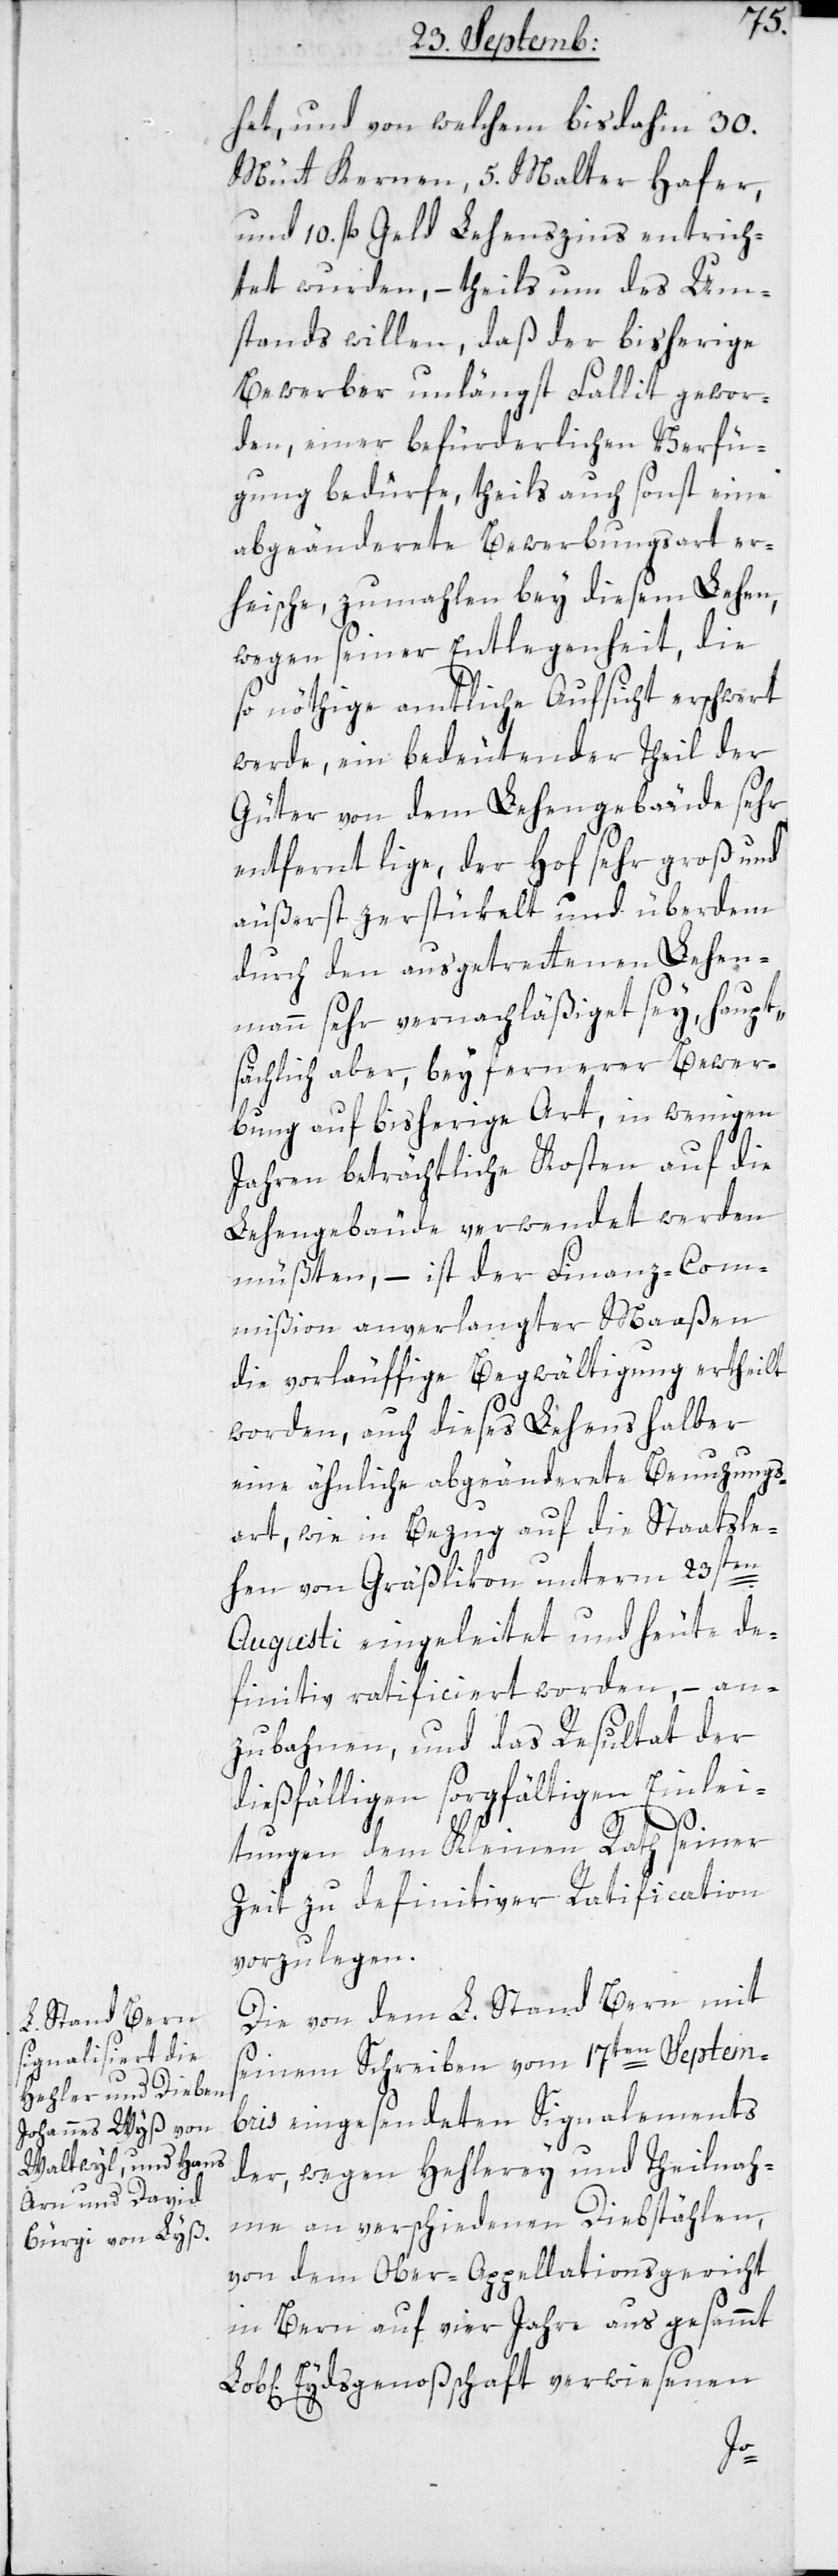
het, und von welchem bisdahin 30.
Mütt Kernen, 5. Malter Hafer
und 10. fl. Geld Lehenszins entrich¬
tet wurden, – theils um des Um¬
stands willen, daß der bisherige
Bewerber unlängst Fallit gewor¬
den, einer befürderlichen Verfü¬
gung bedürfe, theils auch sonst eine
abgeänderte Bewerbungsart er¬
heische, zumahlen bey diesem Lehen,
wegen seiner Entlegenheit, die
so nöthige amtliche Aufsicht erschwert
werde, ein bedeutender Teil der
Güter von dem Lehengebäude sehr
entfernt liege, der Hof sehr groß und
äußerst zerstükelt und überdem
durch den ausgetrettenen Lehen¬
mann sehr vernachläßiget sey, haupt¬
sächlich aber, bey fernerer Bewer¬
bung auf bisherige Art, in wenigen
Jahren beträchtliche Kosten auf die
Lehengebäude verwendet werden
müßten, – ist der Finanz-Com¬
mißion anverlangter Maßen
die vorläuffige Begwältigung ertheilt
worden, auch dieses Lehens halber
eine ähnliche abgeänderte Benutzungs¬
art, wie in Bezug auf die Staatsle¬
hen von Gräßlikon unterm 23sten
Augusti eingeleitet und heute de¬
finitiv ratificiert worden, – an¬
zubahnen, und das Resultat der
dießfälligen sorgfältigen Einlei¬
tungen dem Kleinen Rath seiner
Zeit zu definitiver Ratification
vorzulegen.
Die von dem L. Stand Bern mit
seinem Schreiben vom 17ten Septem¬
bris eingesendeten Signalements
der, wegen Hehlerey und Theilnah¬
me an verschiedenen Diebstählen,
von dem Ober-Appellationsgericht
in Bern auf vier Jahre aus gesammt
Eydsgenoßschaft verwiesenen